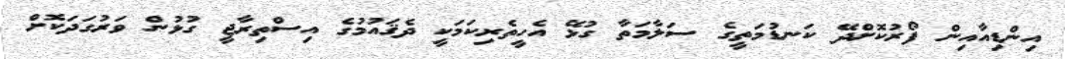
އިންޑިއާއިން ފޯރުކޮށްދޭ ކަނޑުމަތީގެ ސަލާމަތާ ގުޅޭ އެހީތެރިކަމަކީ ދެޤައުމުގެ އިސްތިރާޖީ ގުޅުން ވަރުގަދަކޮށް